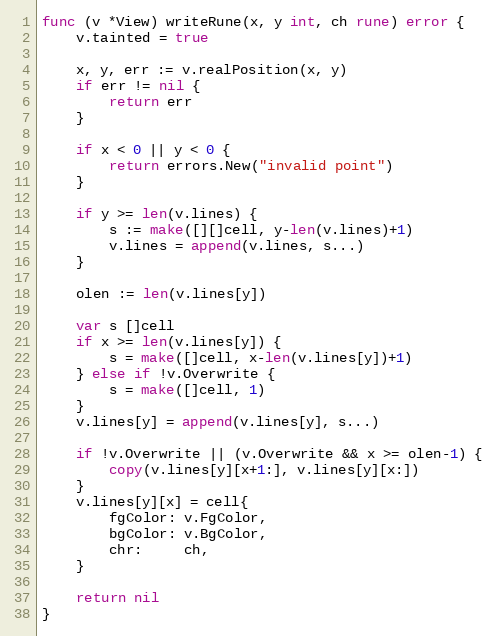
Language: Go
func (v *View) writeRune(x, y int, ch rune) error {
	v.tainted = true

	x, y, err := v.realPosition(x, y)
	if err != nil {
		return err
	}

	if x < 0 || y < 0 {
		return errors.New("invalid point")
	}

	if y >= len(v.lines) {
		s := make([][]cell, y-len(v.lines)+1)
		v.lines = append(v.lines, s...)
	}

	olen := len(v.lines[y])

	var s []cell
	if x >= len(v.lines[y]) {
		s = make([]cell, x-len(v.lines[y])+1)
	} else if !v.Overwrite {
		s = make([]cell, 1)
	}
	v.lines[y] = append(v.lines[y], s...)

	if !v.Overwrite || (v.Overwrite && x >= olen-1) {
		copy(v.lines[y][x+1:], v.lines[y][x:])
	}
	v.lines[y][x] = cell{
		fgColor: v.FgColor,
		bgColor: v.BgColor,
		chr:     ch,
	}

	return nil
}